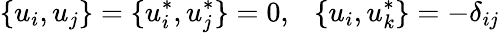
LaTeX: \{ u_{i},u_{j}\} =\{ u_{i}^{*},u_{j}^{*}\} =0,~~~\{ u_{i},u_{k}^{*}\} =-\delta_{ij}